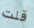
قلت